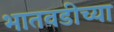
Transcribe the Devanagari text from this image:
भातवडीच्या